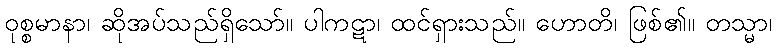
ဝုစ္စမာနာ၊ ဆိုအပ်သည်ရှိသော်။ ပါကဋာ၊ ထင်ရှားသည်။ ဟောတိ၊ ဖြစ်၏။ တသ္မာ၊